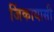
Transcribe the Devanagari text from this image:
जिंकायासी